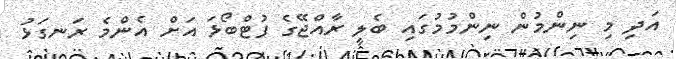
އަދި މި ނިންމުން ނިންމުމުގައި ބެލީ ރާއްޖޭގެ ފުޓްބޯޅަ އަށް އެންމެ ރަނގަޅު